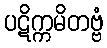
ပဋိက္ကမိတဗ္ဗံ